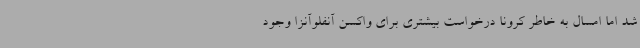
شد اما امسال به خاطر کرونا درخواست بیشتری برای واکسن آنفلوآنزا وجود